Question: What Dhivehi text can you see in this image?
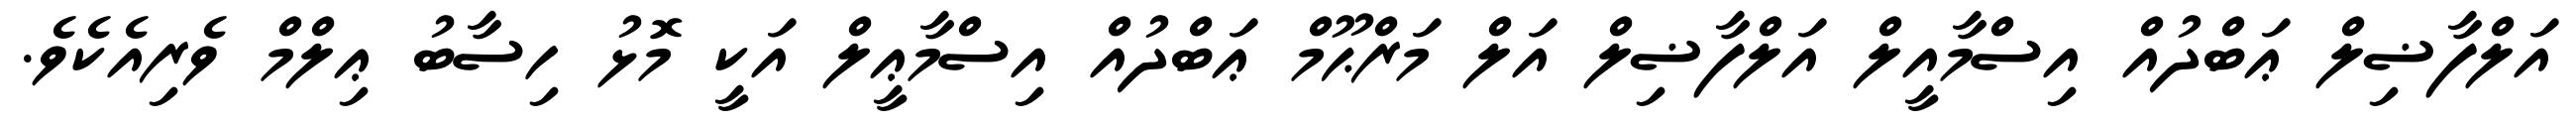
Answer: އަލްފާޟިލް ޢަބްދުއް އިސްމާއީލް އަލްފާޟިލް އަލް މަރްޙޫމް ޢަބްދުއް އިސްމާޢީލް އަކީ މޮޅު ހިސާބު ޢިލްމް ވެރިއެކެވެ.